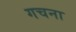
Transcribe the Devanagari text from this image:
गचना